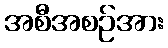
အစီအစဉ်အား